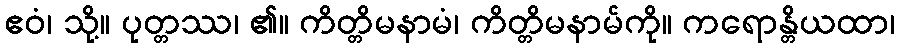
ဧဝံ၊ သို့။ ပုတ္တဿ၊ ၏။ ကိတ္တိမနာမံ၊ ကိတ္တိမနာမ်ကို။ ကရောန္တိယထာ၊